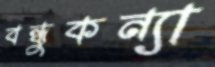
বন্ধুকন্যা